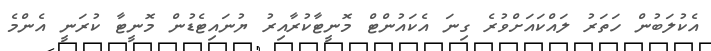
އެކުލަބުން ހަތަރު ލައްކައަށްވުރެ ގިނަ އެކައުންޓް މޮނީޓާކުރާއިރު ޔުނައިޓެޑުން މޮނީޓާ ކުރަނީ އެންމެ